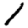
Digit: 1